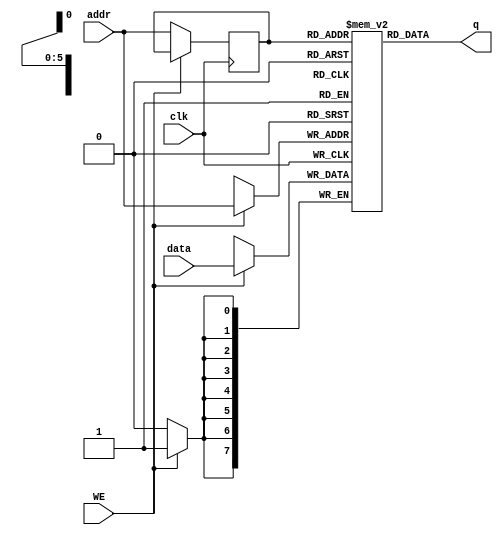
`timescale 1ns / 1ps
//////////////////////////////////////////////////////////////////////////////////
// Company: 
// Engineer: 
// 
// Design Name: 
// Module Name: Singleport_RAM
// Project Name: 
// Target Devices: 
// Tool Versions: 
// Description: 
// 
// Dependencies: 
// 
// Revision:
// Revision 0.01 - File Created
// Additional Comments:
// 
//////////////////////////////////////////////////////////////////////////////////


module Singleport_RAM
#(parameter addr_width = 6,
parameter data_width=8,
parameter depth=64)
(input [data_width-1:0]data,
input [addr_width-1:0]addr,
input WE,clk,
output [data_width-1:0]q);
reg[data_width-1:0]ram[depth-1:0];
reg[addr_width-1:0]addr_reg;
always @(posedge clk)
begin
if(WE)
ram[addr]<=data;
else
addr_reg<=addr;
end
assign q=ram[addr_reg];
endmodule